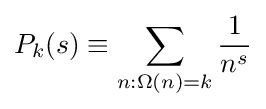
P_{k}(s)\equiv \sum _{n:\Omega (n)=k}{\frac {1}{n^{s}}}